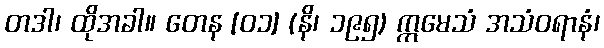
တဒါ၊ ထိုအခါ။ တေန [၀၁] (နိ၊ ၁၉၅) ဣမေသံ အသံဝရာနံ၊